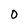
Character: O